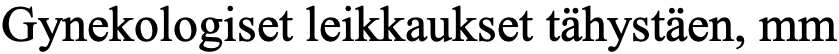
Gynekologiset leikkaukset tähystäen, mm